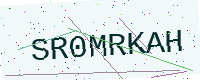
Text: SR0MRKAH